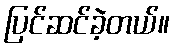
ပြင်ဆင်ခဲ့တယ်။